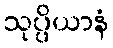
သုပ္ပိယာနံ